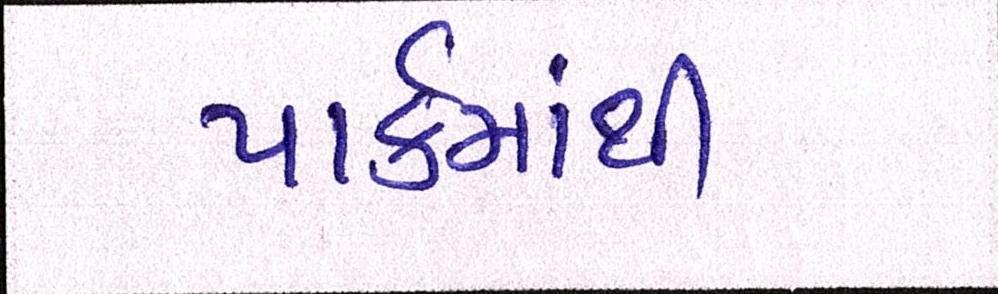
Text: પાર્કમાંથી